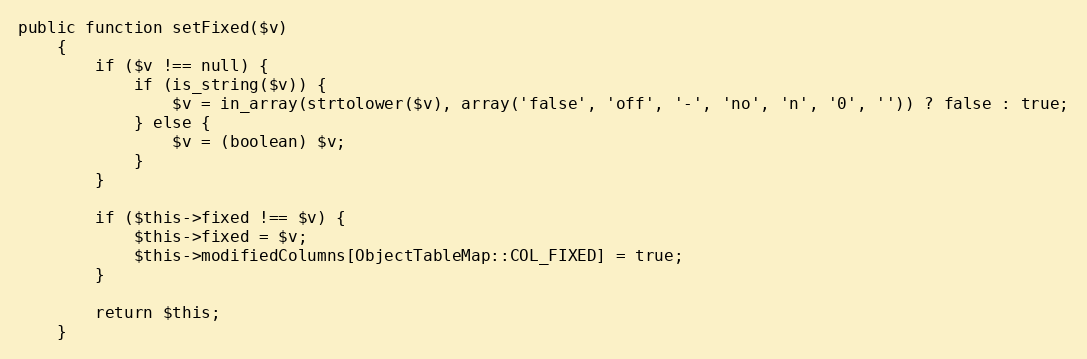
Language: PHP
public function setFixed($v)
    {
        if ($v !== null) {
            if (is_string($v)) {
                $v = in_array(strtolower($v), array('false', 'off', '-', 'no', 'n', '0', '')) ? false : true;
            } else {
                $v = (boolean) $v;
            }
        }

        if ($this->fixed !== $v) {
            $this->fixed = $v;
            $this->modifiedColumns[ObjectTableMap::COL_FIXED] = true;
        }

        return $this;
    }